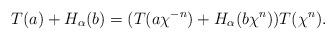
LaTeX: \begin{align*} T(a)+H_{\alpha}(b)=(T(a \chi^{-n})+H_{\alpha}(b \chi^n)) T(\chi^n). \end{align*}